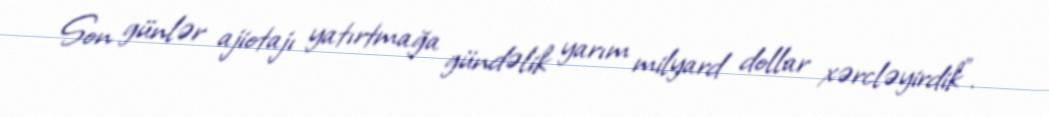
Son günlər ajiotajı yatırtmağa gündəlik yarım milyard dollar xərcləyirdik".